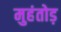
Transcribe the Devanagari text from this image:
मुहंतोड़